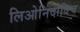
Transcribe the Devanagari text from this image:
लिओनिदोविच